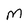
Character: M